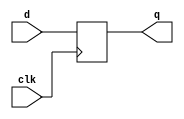
/*
Computer Architecture Lab 2 - 08-01-2018
	Assignment : Floating Point Multiplier
	Module : 64b D Flip Flop
		-- Eshita Arza	(COE15B013)
		-- Akshay Kumar	(CED15I031)
*/

module diff_64(d, q, clk);

	input [63:0]d;
	input clk;
	output [63:0]q;
	reg [63:0]q;

	always@ (posedge clk)
	begin
		q <= d;
	end

endmodule // diff_64